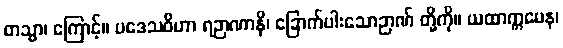
တသ္မာ၊ ကြောင့်။ ပဒေသဝိဟာ ရဉာဏာနိ၊ ခြောက်ပါးသောဉာဏ် တို့ကို။ ယထာက္ကမေန၊